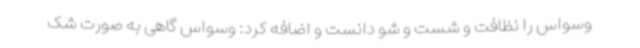
وسواس را نظافت و شست و شو دانست و اضافه کرد: وسواس گاهی به صورت شک